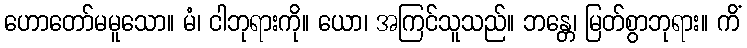
ဟောတော်မမူသော။ မံ၊ ငါဘုရားကို။ ယော၊ အကြင်သူသည်။ ဘန္တေ၊ မြတ်စွာဘုရား။ ကိံ